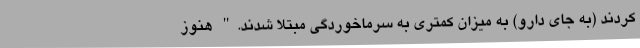
کردند (به جای دارو) به میزان کمتری به سرماخوردگی مبتلا شدند." هنوز